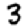
Digit: 3